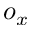
o _ { x }